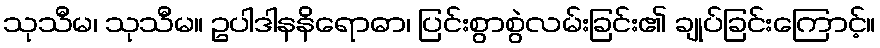
သုသီမ၊ သုသီမ။ ဥပါဒါနနိရောဓာ၊ ပြင်းစွာစွဲလမ်းခြင်း၏ ချုပ်ခြင်းကြောင့်။